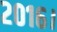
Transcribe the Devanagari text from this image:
२०१६।